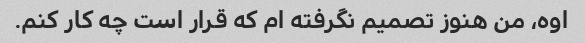
اوه، من هنوز تصمیم نگرفته ام که قرار است چه کار کنم.